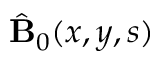
\hat { \bf B } _ { 0 } ( x , y , s )